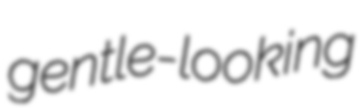
gentle-looking